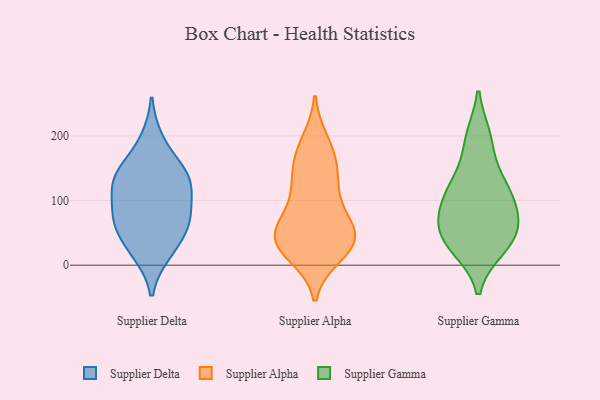
{"axis": {"x": "Operating Costs (USD K)", "y": "Value"}, "legend": ["Supplier Alpha", "Supplier Delta", "Supplier Gamma"], "data": [{"x": "", "y": 134, "type": "Supplier Delta"}, {"x": "", "y": 146, "type": "Supplier Delta"}, {"x": "", "y": 70, "type": "Supplier Delta"}, {"x": "", "y": 135, "type": "Supplier Delta"}, {"x": "", "y": 59, "type": "Supplier Delta"}, {"x": "", "y": 74, "type": "Supplier Delta"}, {"x": "", "y": 20, "type": "Supplier Delta"}, {"x": "", "y": 27, "type": "Supplier Delta"}, {"x": "", "y": 192, "type": "Supplier Delta"}, {"x": "", "y": 111, "type": "Supplier Delta"}, {"x": "", "y": 77, "type": "Supplier Delta"}, {"x": "", "y": 133, "type": "Supplier Delta"}, {"x": "", "y": 151, "type": "Supplier Alpha"}, {"x": "", "y": 191, "type": "Supplier Alpha"}, {"x": "", "y": 180, "type": "Supplier Alpha"}, {"x": "", "y": 105, "type": "Supplier Alpha"}, {"x": "", "y": 52, "type": "Supplier Alpha"}, {"x": "", "y": 59, "type": "Supplier Alpha"}, {"x": "", "y": 45, "type": "Supplier Alpha"}, {"x": "", "y": 28, "type": "Supplier Alpha"}, {"x": "", "y": 38, "type": "Supplier Alpha"}, {"x": "", "y": 44, "type": "Supplier Alpha"}, {"x": "", "y": 20, "type": "Supplier Alpha"}, {"x": "", "y": 129, "type": "Supplier Alpha"}, {"x": "", "y": 71, "type": "Supplier Alpha"}, {"x": "", "y": 160, "type": "Supplier Alpha"}, {"x": "", "y": 42, "type": "Supplier Alpha"}, {"x": "", "y": 115, "type": "Supplier Alpha"}, {"x": "", "y": 16, "type": "Supplier Alpha"}, {"x": "", "y": 107, "type": "Supplier Gamma"}, {"x": "", "y": 135, "type": "Supplier Gamma"}, {"x": "", "y": 33, "type": "Supplier Gamma"}, {"x": "", "y": 83, "type": "Supplier Gamma"}, {"x": "", "y": 26, "type": "Supplier Gamma"}, {"x": "", "y": 86, "type": "Supplier Gamma"}, {"x": "", "y": 109, "type": "Supplier Gamma"}, {"x": "", "y": 53, "type": "Supplier Gamma"}, {"x": "", "y": 195, "type": "Supplier Gamma"}, {"x": "", "y": 198, "type": "Supplier Gamma"}, {"x": "", "y": 28, "type": "Supplier Gamma"}, {"x": "", "y": 60, "type": "Supplier Gamma"}, {"x": "", "y": 131, "type": "Supplier Gamma"}, {"x": "", "y": 58, "type": "Supplier Gamma"}]}